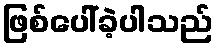
ဖြစ်ပေါ်ခဲ့ပါသည်